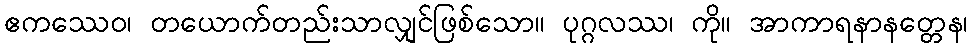
ဧကဿေဝ၊ တယောက်တည်းသာလျှင်ဖြစ်သော။ ပုဂ္ဂလဿ၊ ကို။ အာကာရနာနတ္တေန၊